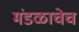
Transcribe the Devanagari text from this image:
मंडळाचेच